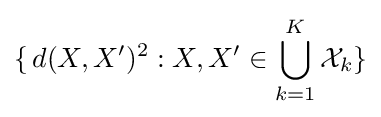
\{\,d(X,X')^{2}:X,X'\in \bigcup _{k=1}^{K}{\mathcal {X}}_{k}\}